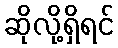
ဆိုလို့ရှိရင်